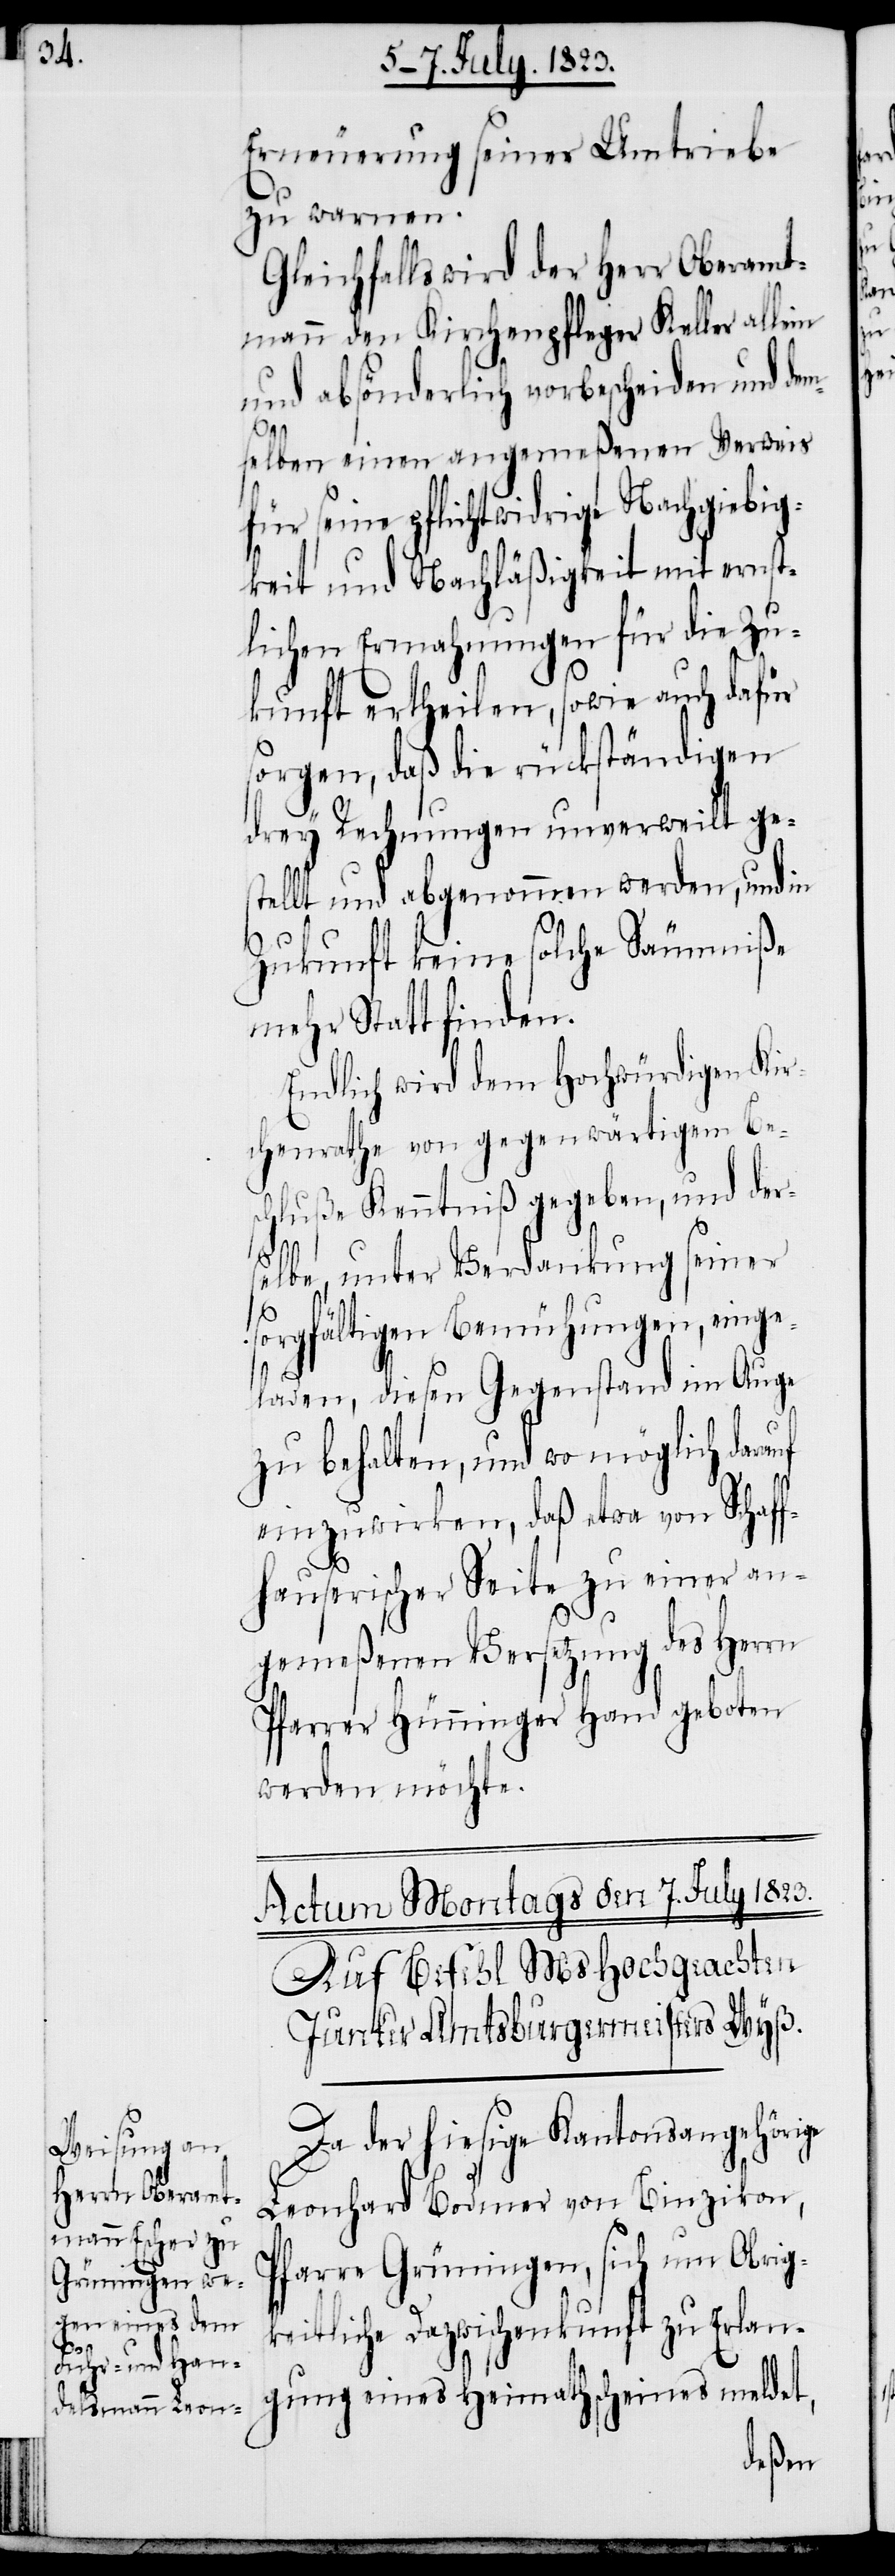
uf

Erneuerung seiner Umtriebe
zu warnen.
Gleichfalls wird der Herr Oberamt¬
mann den Kirchenpfleger Keller allein
und absönderlich vorbescheiden und dem¬
selben einen angemeßenen Verweis
für seine pflichtwidrige Nachgiebig¬
keit und Nachläßigkeit mit ernst¬
lichen Ermahnungen für die Zu¬
kunft ertheilen, sowie auch dafür
sorgen, daß die rückständigen
drey Rechnungen unverweilt ges¬
tellt und abgenommen werden, und in
Zukunft keine solche Säumniße
mehr Statt finden.
Endlich wird dem Hochwürdigen Kir¬
chenrathe von gegenwärtigem Be¬
schluße Kenntniß gegeben, und der¬
selbe, unter Verdankung seiner
sorgfältigen Bemühungen, einge¬
laden, diesen Gegenstand im Auge
zu behalten, und wo möglich dara¬
einzuwirken, daß etwa von Schaff¬
hauserischer Seite zu einer an¬
gemeßenen Versetzung des Herrn
Pfarrer Hünninger Hand geboten
werden möchte.
Auf Befehl MsHochgeachten
Junker Amtsburgermeisters Wyß.
Da der hiesige Kantonsangehörige
Leonhard Bodmer von Binzikon,
Pfarre Grüningen, sich um Obrig¬
keitliche Dazwischenkunft zu Erlan¬
gung eines Heimathscheines meldet,